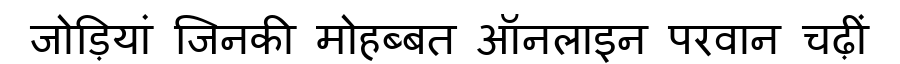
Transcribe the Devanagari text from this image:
जोड़ियां जिनकी मोहब्बत ऑनलाइन परवान चढ़ीं